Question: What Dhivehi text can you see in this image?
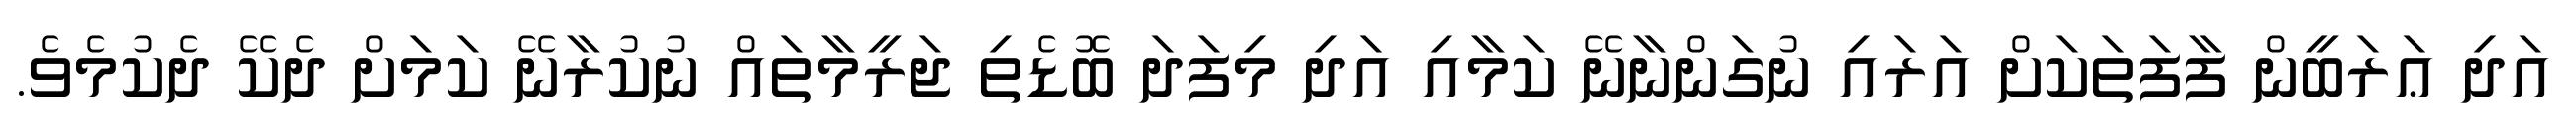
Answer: އަދި ޢަރަބީން ފާފަތަކަށް އަރައި ނުގަންނާނޭ ކަމާއި އަދި މިފަދަ ބޮޑެތި ޖަރީމާތައް ނުކުރާނޭ ކަމަށް ދެކޭ ދެކުމެވެ.